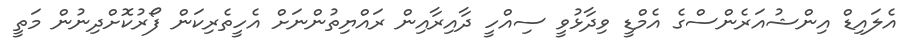
އެލައިޑް އިންޝުއަރެންސްގެ އެމްޑީ ވިދާޅުވީ ސިއްހީ ދާއިރާއިން ރައްޔިތުންނަށް އެހީތެރިކަން ފޯރުކޮށްދިނުން މަތީ